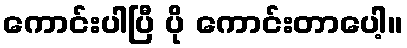
ကောင်းပါပြီ ပို ကောင်းတာပေါ့။